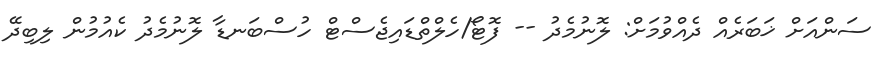
ސަންއަށް ޚަބަރެއް ދެއްވުމަށް: ލޮނުމެދު -- ފޮޓޯ/ހެލްތްޑައިޖެސްޓް ހުސްބަނޑާ ލޮނުމެދު ކެއުމުން ލިބިދޭ